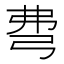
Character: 𢏇